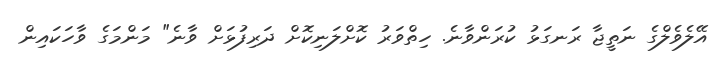
އޭލެވެލްގެ ނަތީޖާ ރަނގަޅު ކުރަންވާނެ. ހިތްވަރު ކޮށްލަނިކޮށް ދަރިފުޅަށް ވާނެ" މަންމަގެ ވާހަކައިން